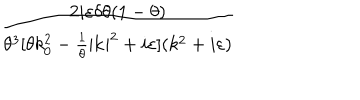
\frac { 2 i \varepsilon \delta \theta ( 1 - \theta ) } { \theta ^ { 3 } [ \theta k _ { 0 } ^ { 2 } - \frac { 1 } { \theta } | \mathbf { k } | ^ { 2 } + i \varepsilon ] ( k ^ { 2 } + i \varepsilon ) }